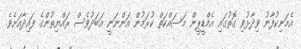
އެމަނިކުފާނު ވިދާޅުވި ގޮތުގައި އެމްޑީޕީން މަސައްކަތް ކުރަމުން އަންނަނީ އަބަދުވެސް ރައްޔިތުންގެ ފައިދާއަށެވެ.